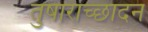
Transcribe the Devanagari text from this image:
तुषाराच्छादन